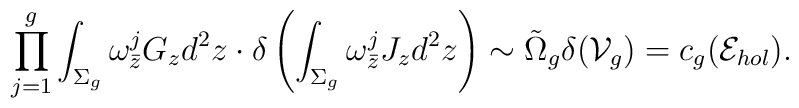
\prod_{j=1}^g\int_{\Sigma_g} \omega^j_{\bar z}G_zd^2z\cdot\delta\left(\int_{\Sigma_g}\omega^j_{\bar z}J_zd^2z\right)\sim\tilde\Omega_g\delta({\cal V}_g)=c_g({\cal E}_{hol}).